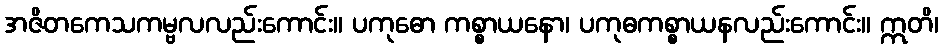
အဇိတကေသကမ္ဗလလည်းကောင်း။ ပကုဓော ကစ္စာယနော၊ ပကုဓကစ္စာယနလည်းကောင်း။ ဣတိ၊